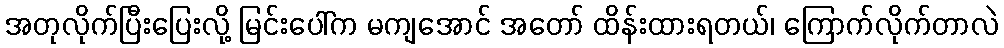
အတုလိုက်ပြီးပြေးလို့ မြင်းပေါ်က မကျအောင် အတော် ထိန်းထားရတယ်၊ ကြောက်လိုက်တာလဲ